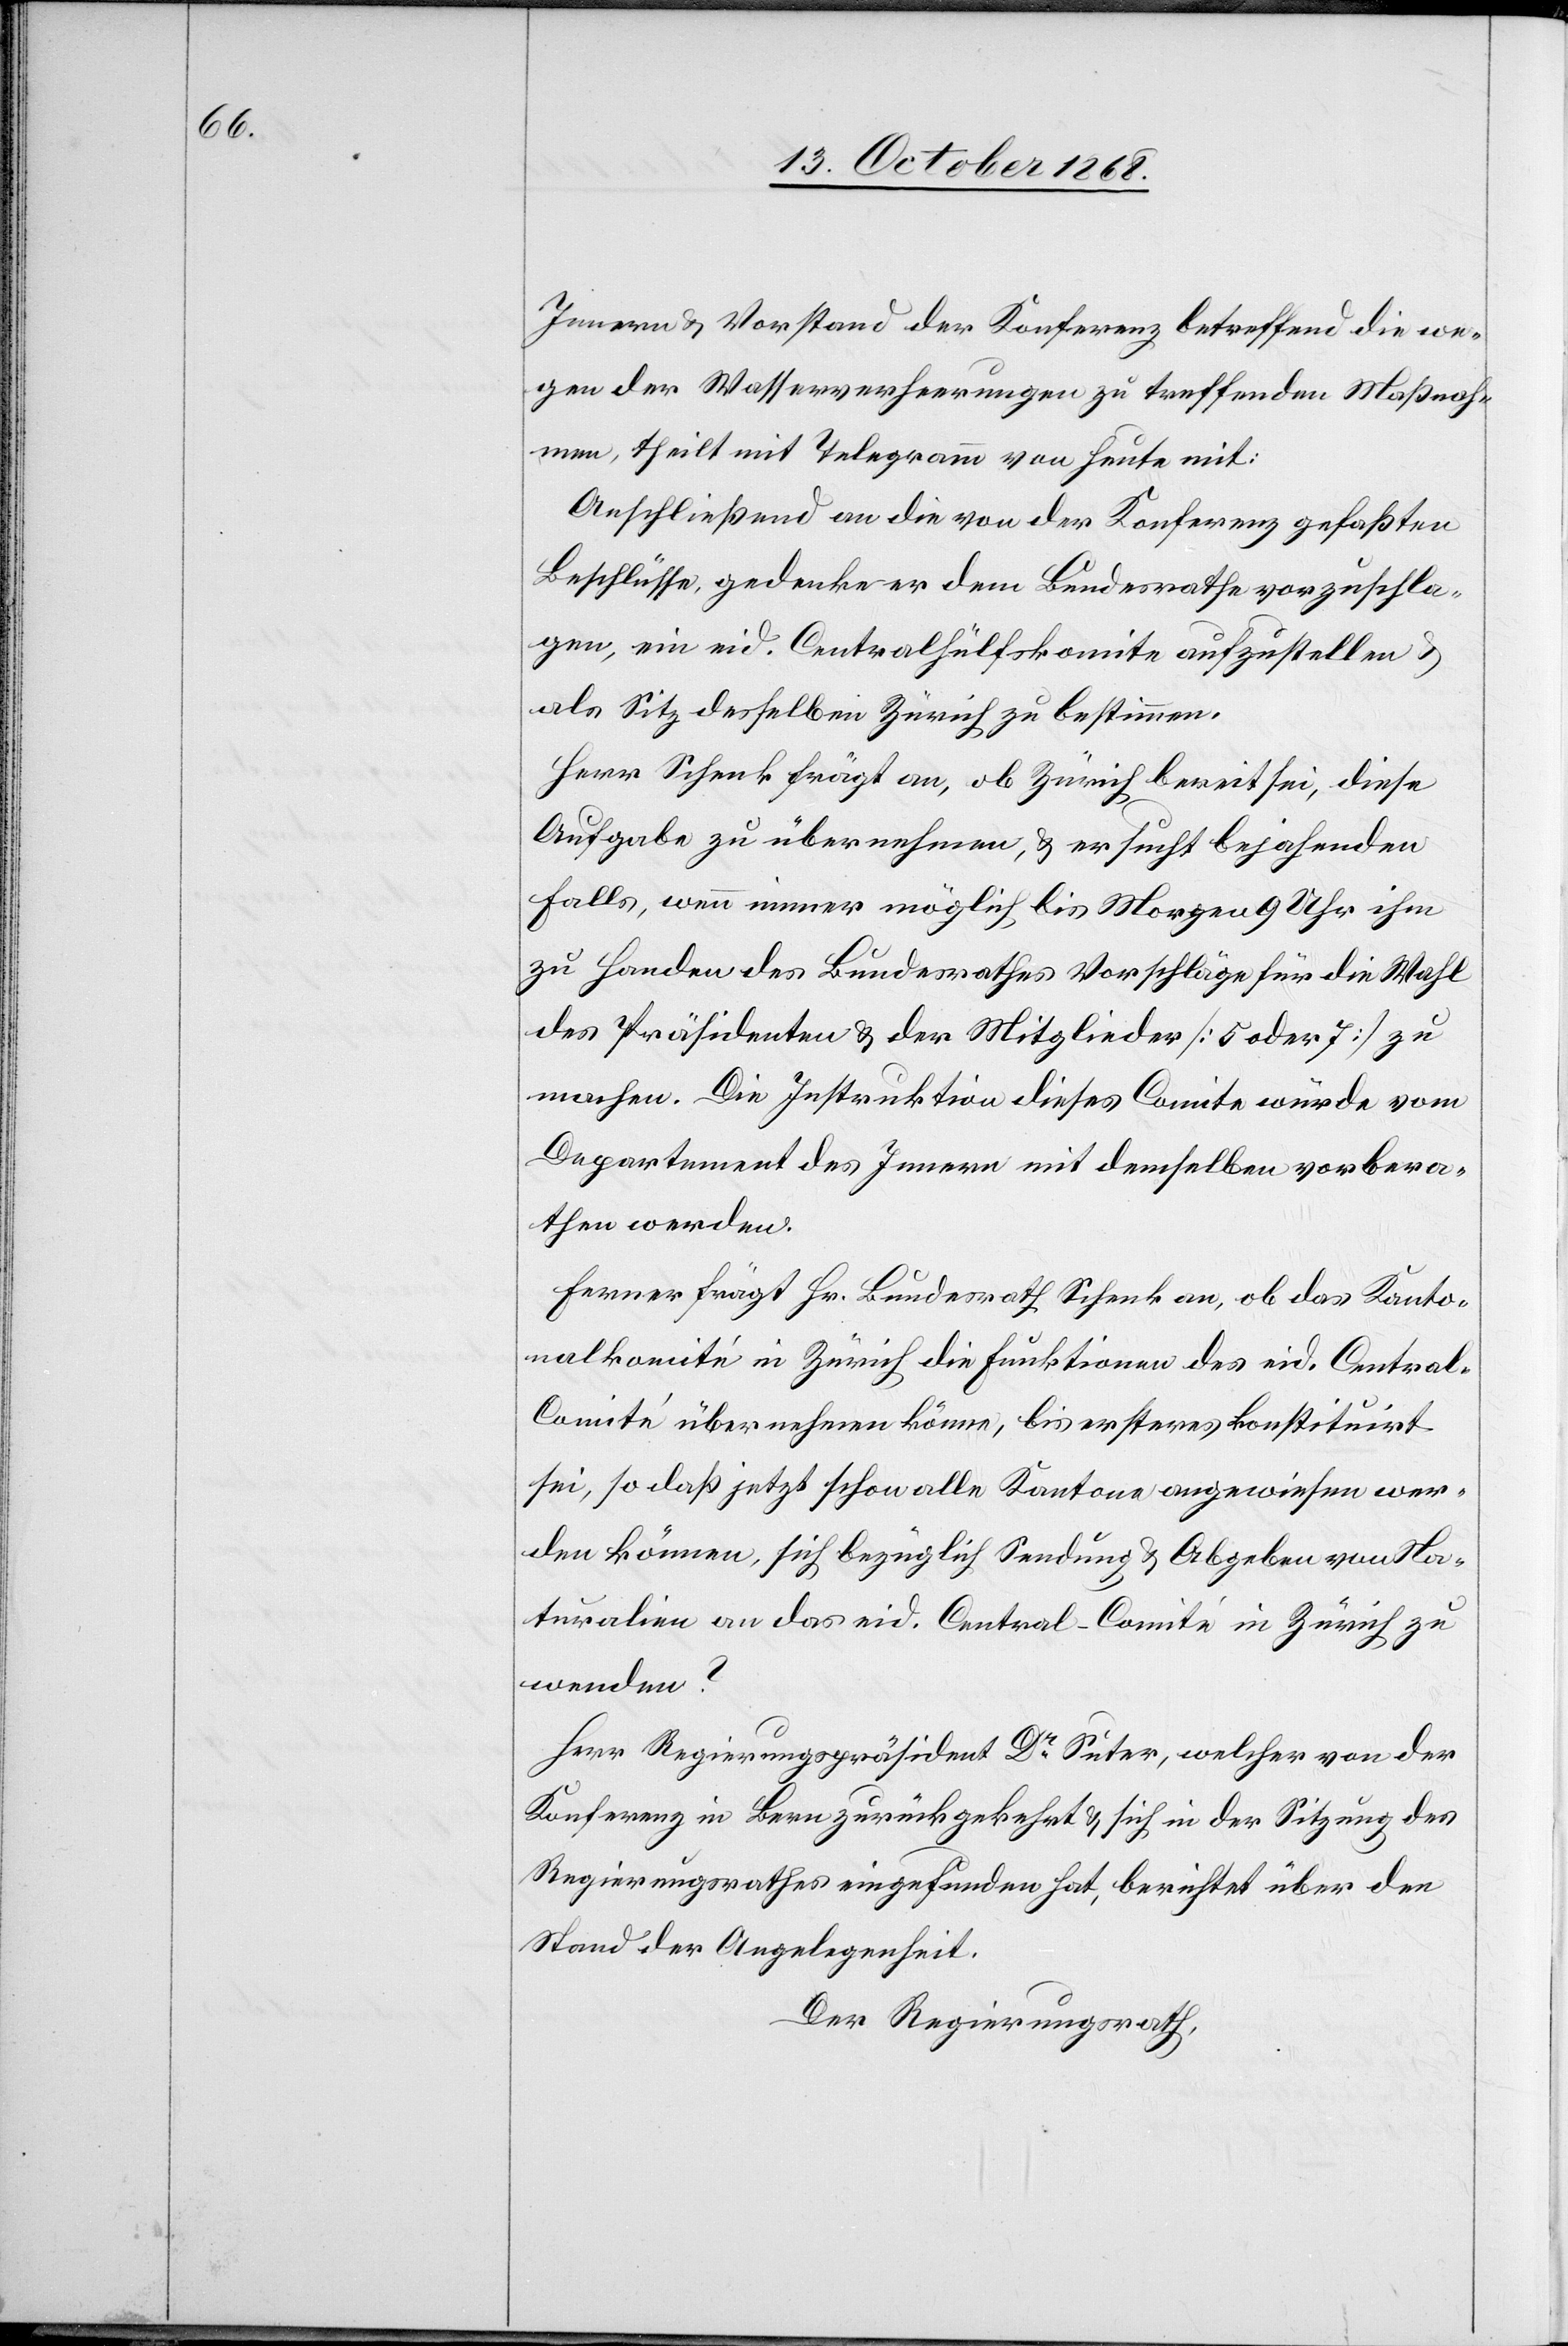
Innern & Vorstand der Konferenz betreffend die we¬
gen der Wasserverheerungen zu treffenden Maßnah¬
men, theilt mit Telegramm von heute mit:
Anschließend an die von der Konferenz gefaßten
Beschlüsse gedenke er dem Bundesrathe vorzuschla¬
gen, ein eid. Centralhülfskomite aufzustellen &
als Sitz desselben Zürich zu bestimmen.
Herr Schenk frägt an, ob Zürich bereit sei, diese
Aufgabe zu übernehmen, & ersucht bejahenden
Falls, wenn immer möglich bis Morgen 9 Uhr ihm
zu Handen des Bundesrathes Vorschläge für die Wahl
des Präsidenten & der Mitglieder [5 oder 7] zu
machen. Die Instruktion dieses Comite würde vom
Departement des Innern mit demselben vorbera¬
then werden.
Ferner frägt Hr. Bundesrath Schenk an, ob das Kanto¬
nalkomité in Zürich die Funktionen des eid. Central-C¬
omité übernehmen könne, bis ersteres konstituirt
sei, so daß jetzt schon alle Kantone angewiesen wer¬
den können, sich bezüglich Sendung & Abgeben von Na¬
turalien an das eid. Central-Comité in Zürich zu
wenden?
Herr Regierungspräsident Dr Suter, welcher von der
Konferenz in Bern zurückgekehrt & sich in der Sitzung des
Regierungsrathes eingefunden hat, berichtet über den
Stand der Angelegenheit.
Der Regierungsrath,